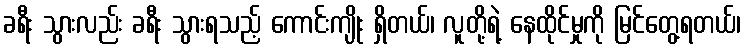
ခရီး သွားလည်း ခရီး သွားရသည့် ကောင်းကျိုး ရှိတယ်၊ လူတို့ရဲ့ နေထိုင်မှုကို မြင်တွေ့ရတယ်၊